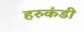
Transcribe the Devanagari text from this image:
हरुकंडी